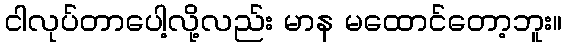
ငါလုပ်တာပေါ့လို့လည်း မာန မထောင်တော့ဘူး။